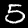
Digit: 5